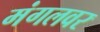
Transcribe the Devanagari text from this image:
मंगलवर